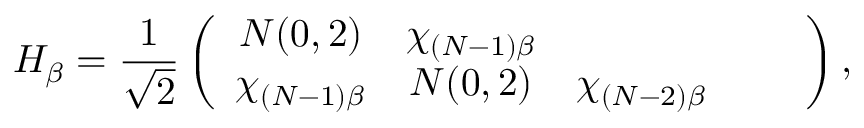
H _ { \beta } = \frac { 1 } { \sqrt { 2 } } \left( \begin{array} { c c c c c } { N ( 0 , 2 ) } & { \chi _ { ( N - 1 ) \beta } } & { } & { } & { } \\ { \chi _ { ( N - 1 ) \beta } } & { N ( 0 , 2 ) } & { \chi _ { ( N - 2 ) \beta } } & { } & { } \end{array} \right) ,